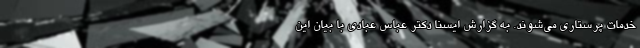
خدمات پرستاری می‌شوند. به گزارش ایسنا دکتر عباس عبادی با بیان این